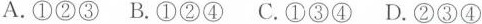
A.①②③B.①②④C.①③④D.②③④